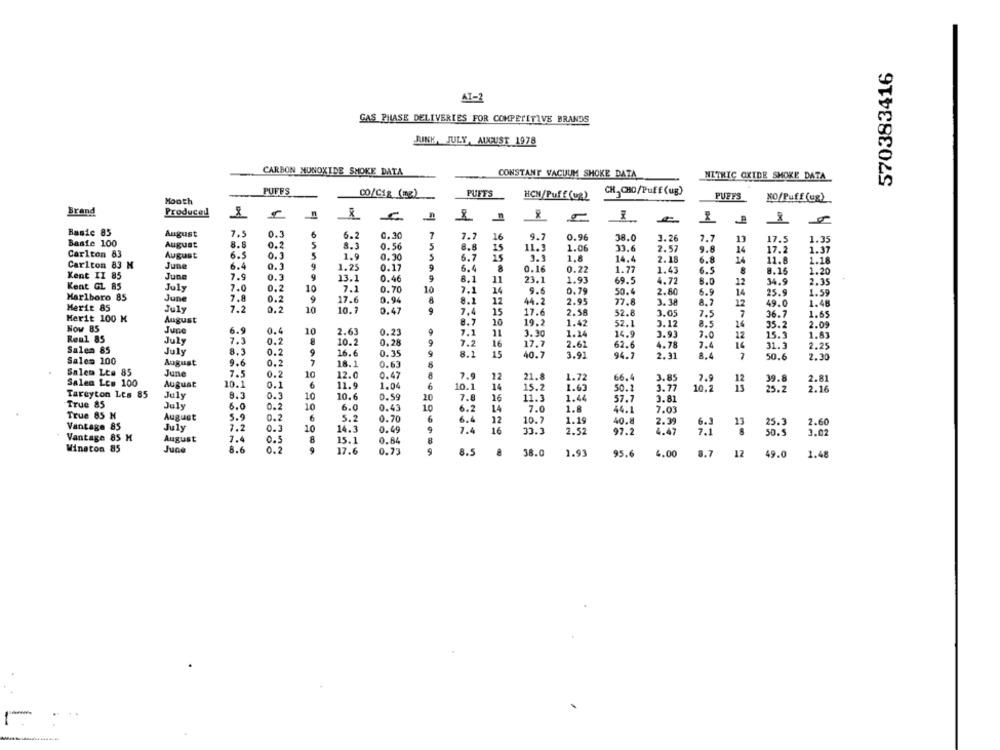
570383416
AT-
GAS PHASE DELIVERIES FOR COMPETITIVE BRANDS
RINK, JULY, AUGUST 1978
CARBON MONOXIDE SMOKE DATA
CONSTANT VACUUM SHOKE DATA
NITRIC OXIDE SHOKE DATA
PUFFS
CO/CIz (mg)
PUFFS
HCN/Puff (us)
CH3 CHO/Puff (ug)
PUFFS
Mooth
NO/Puff (ug)
Brand
Produced
Basic 83
August
7.5
0.3
6.2
0.30
7
7.7
16
9.7
0.96
38.0
3.26
7.7
13
17.5
1.35
Basie 100
August
8.6
0.2
8.3
0.56
5
8.8
15
11.3
1.06
33.6
2.57
9.8
14
Carlton 83
August
6.5
0.3
1.9
5
3.1
17.2
1.37
0.30
6.7
15
1.8
14.4
2.18
6.8
14
11.8
1.18
Carlton 83 M
June
6.4
0.3
1.25
0.17
9
6.4
8
0.16
0.22
1.77
1.43
6.5
8
8.15
1.20
Kent II 85
June
7.9
0.3
13.1
0.46
8.1
Kent GL 85
11
23.1
1.93
69.5
4.72
6.0
12
34.9
2.35
July
7.0
0.2
7.1
0.70
10
7.1
14
5.6
0.79
50.4
2.80
6.9
14
25.9
1.59
Marlboro 85
June
7.9
0.2
17.6
0.94
8
8.1
12
44.2
2.95
27.8
3. 38
8.2
Merit 85
July
12
49.0
1.48
7.2
0.2
10
10.7
0.47
7.4
15
17.6
2.56
52.8
3.05
7.5
7
36.7
1.65
Merit 100 K
August
8.7
10
19.2
1.42
52.1
3.12
8.5
16
2.05
Now 85
June
6.9
0.4
2.63
0.23
35.2
10
7.1
11
3.30
1.14
14.9
3.93
2.0
12
15.3
1.87
Real 85
July
7.3
0.2
10.2
0.28
9
7.2
16
17.7
2.61
62.6
4.78
7.4
16
31.3
2.25
Salen 85
July
8.3
0.2
16.6
0.35
15
Salem 100
9.6
9
8.1
40.7
3.91
94.7
2.31
8.4
50.6
2.30
August
0.2
18.1
0.63
Salem Lt# 85
June
7.5
0.2
10
12.0
0.47
8
7.9
12
21.8
1.72
66.4
2.81
10.1
3.85
7.9
12
Sales Les 100
August
0.1
6
11.9
1.04
6
10.1
14
15.2
1.63
50.2
3.77
10.2
25.3
2.16
Tareyton Les 85
July
8.3
0.3
10
10.6
0.59
20
7.8
16
11.3
1.44
57.7
3.81
True 85
July
6.0
0.2
10
6.0
0.43
6.2
14
7.0
1.8
44.1
7.03
True 85 M
August
5.9
0.2
6
5.2
0.70
6
6.4
12
10.7
1.19
40.8
2.39
2.60
Vantage 85
July
7.2
0.3
10
14.3
23
25.3
0.49
7.4
16
33.3
2.52
97.2
4.47
1.1
50.5
3.02
Vantage 85 H
August
7.4
0.5
15.1
0.84
R
Winston 85
June
8.6
0.2
9
Il onnangag gaangogo ···
17.6
0.73
9
8.5
38.0
1.93
95.6
4.00
8.7
12
49.0
1.48